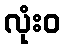
လုံးဝ